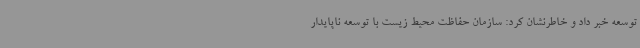
توسعه خبر داد و خاطرنشان کرد: سازمان حفاظت محیط زیست با توسعه ناپایدار